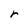
Character: r